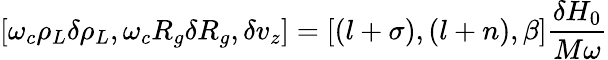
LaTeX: \left[\omega_{c}\rho_{L}\delta\rho_{L},\omega_{c}R_{g}\delta R_{g},\delta v_{z}\right]=\left[\left(l+\sigma\right),\left(l+n\right),\beta\right]\frac{\delta H_{0}}{M\omega}